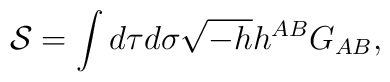
{\cal S}=\int d\tau d\sigma\sqrt{-h}h^{AB}G_{AB},